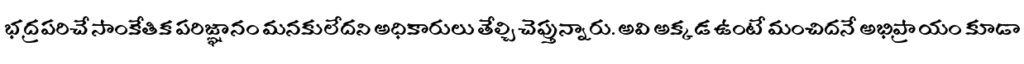
భద్రపరిచే సాంకేతిక పరిజ్ఞానం మనకులేదని అధికారులు తేల్చి చెప్తున్నారు. అవి అక్కడ ఉంటే మంచిదనే అభిప్రాయం కూడా